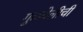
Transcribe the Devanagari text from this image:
गुळवेलीची